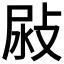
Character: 𢽜